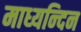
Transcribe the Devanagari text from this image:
माध्‍यन्‍दिन